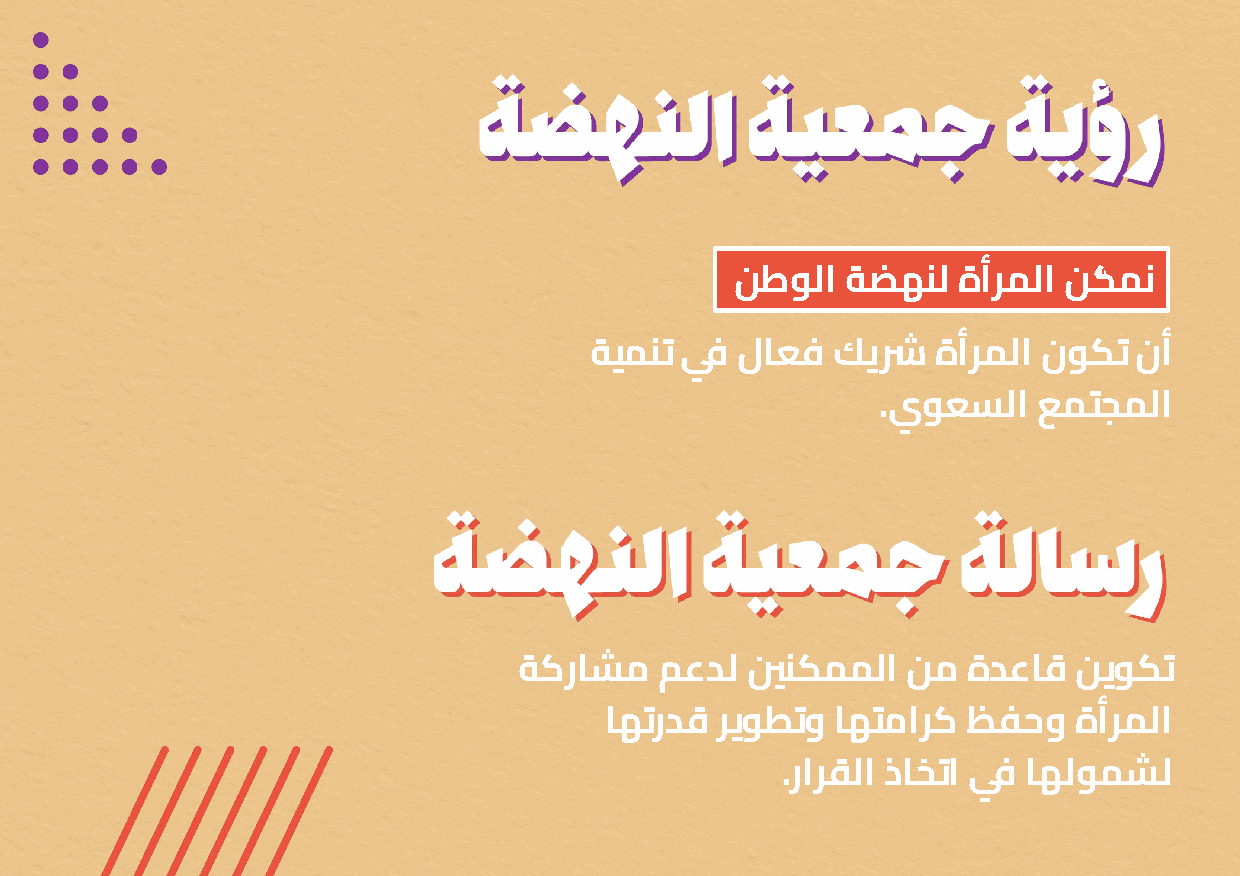
ﻦﻃﻮﻟا  ﺔﻀﻬﻨﻟ  ةأﺮﻤﻟا ﻦﻜّ ﻤﻧ
 ﺔﻴﻤﻨﺗ ﻲﻓ  لﺎﻌﻓ  ﻚﻳﴍ    ةأﺮﻤﻟا نﻮﻜﺗ  نأ
 .يﻮﻌﺴﻟا    ﻊﻤﺘﺠﻤﻟا
 ﺔﻛرﺎﺸﻣ    ﻢﻋﺪﻟ ﲔﻨﻜﻤﻤﻟا    ﻦﻣ  ةﺪﻋﺎﻗ  ﻦﻳﻮﻜﺗ
 ﺎﻬﺗرﺪﻗ  ﺮﻳﻮﻄﺗو ﺎﻬﺘﻣاﺮﻛ  ﻆﻔﺣو   ةأﺮﻤﻟا
 .راﺮﻘﻟا ذﺎﺨﺗا ﻲﻓ ﺎﻬﻟﻮﻤﺸﻟ